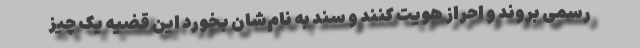
رسمی بروند و احراز هویت کنند و سند به نام‌شان بخورد این قضیه یک چیز